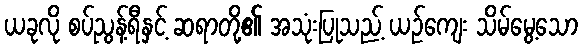
ယခုလို စပ်ညွန့်ရီနှင့် ဆရာတို့၏ အသုံးပြုသည့် ယဉ်ကျေး သိမ်မွေ့သော